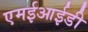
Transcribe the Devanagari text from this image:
एमईआईडी